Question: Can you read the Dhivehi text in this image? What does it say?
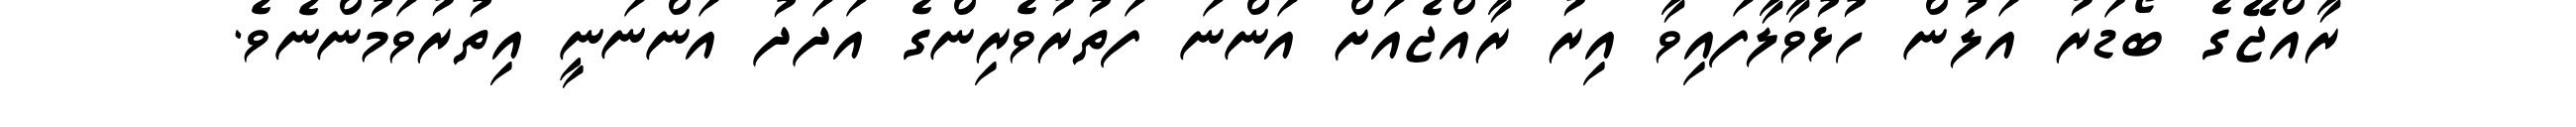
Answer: ރާއްޖޭގެ ބޯޑަރު އަލުން ހުޅުވާލާފައިވާ އިރު ރާއްޖެއަށް އަންނަ ފަތުރުވެރިންގެ އަދަދު އަންނަނީ އިތުރުވަމުންނެވެ.